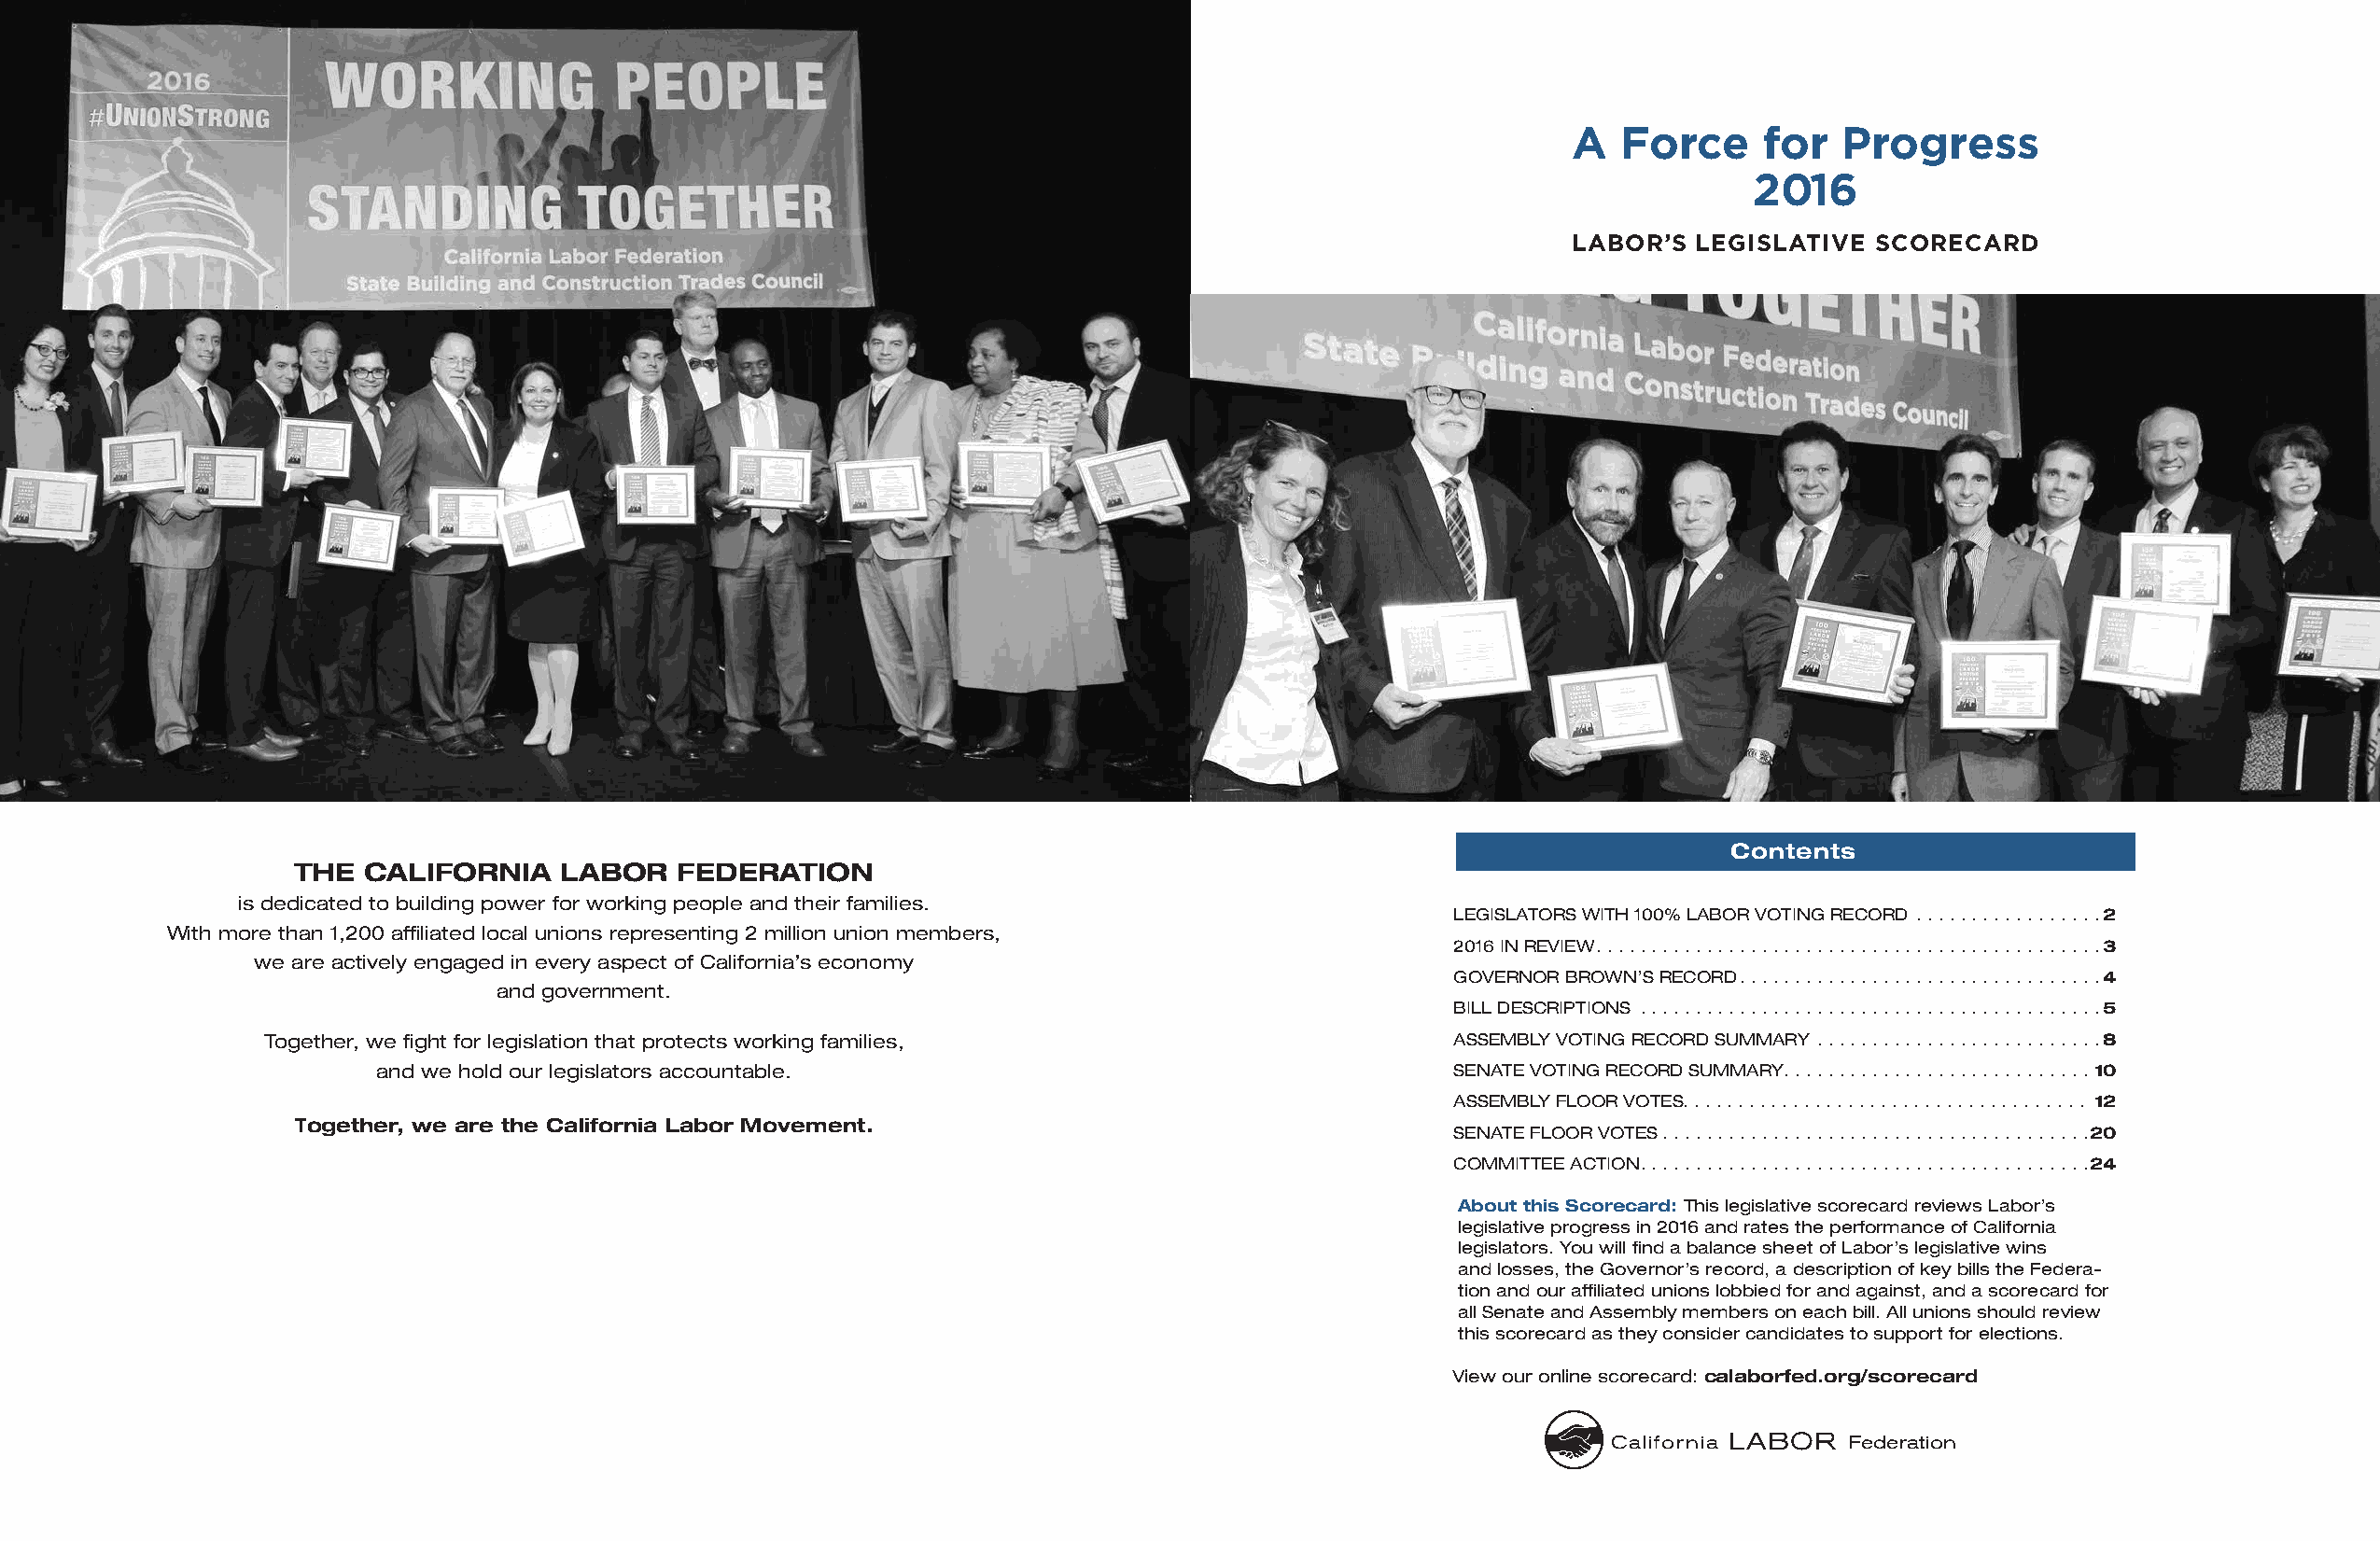
A  Force     for   Progress
 2016
 LABOR’S LEGISLATIVE  SCORECARD
 Contents
 THE  CALIFORNIA    LABOR   FEDERATION
 is dedicated to building power for working people and their families.
 LEGISLATORS WITH 100% LABOR VOTING RECORD .................2
 With more than 1,200 affiliated local unions representing 2 million union members,
 2016 IN REVIEW ..............................................3
 we are actively engaged in every aspect of California’s economy
 GOVERNOR BROWN’S RECORD .................................4
 and government.
 BILL DESCRIPTIONS ..........................................5
 Together, we fight for legislation that protects working families,                  ASSEMBLY VOTING RECORD SUMMARY ..........................8
 and we hold our legislators accountable.                                    SENATE VOTING RECORD SUMMARY ............................10
 ASSEMBLY FLOOR VOTES ..................................... 12
 Together, we are the California Labor Movement.
 SENATE FLOOR VOTES .......................................20
 COMMITTEE ACTION .........................................24
 About this Scorecard: This legislative scorecard reviews Labor’s
 legislative progress in 2016 and rates the performance of California
 legislators. You will find a balance sheet of Labor’s legislative wins
 and losses, the Governor’s record, a description of key bills the Federa-
 tion and our affiliated unions lobbied for and against, and a scorecard for
 all Senate and Assembly members on each bill. All unions should review
 this scorecard as they consider candidates to support for elections.
 View our online scorecard: calaborfed.org/scorecard
 California LABOR Federation
 California
 LABOR
 Federation
 California LABOR Federation
 California
 LABOR
 Federation
 20% black